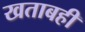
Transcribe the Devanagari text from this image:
खताबही